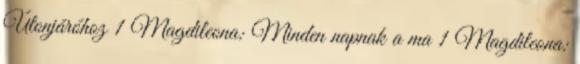
Útonjáróhoz 1 Magdileona: Minden napnak a ma 1 Magdileona: